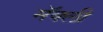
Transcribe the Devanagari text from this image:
मॅक्ली